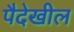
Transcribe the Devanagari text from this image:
पैदेखील